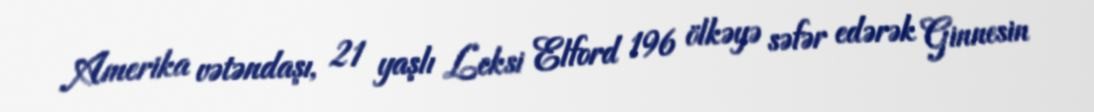
Amerika vətəndaşı, 21 yaşlı Leksi Elford 196 ölkəyə səfər edərək Ginnesin